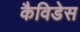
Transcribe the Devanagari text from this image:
कैविडेस